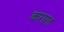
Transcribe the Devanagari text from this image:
करारत